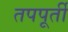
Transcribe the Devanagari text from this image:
तपपूर्ती